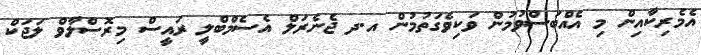
އެމެރިކާއިން މި އެއްބަސްވުމުން ވަކިވެގަތުމުން އ.ދ ޖެނެރަލް އެސެމްބްލީ ރައީސް މިރޮސްލާވް ލަޖަކް